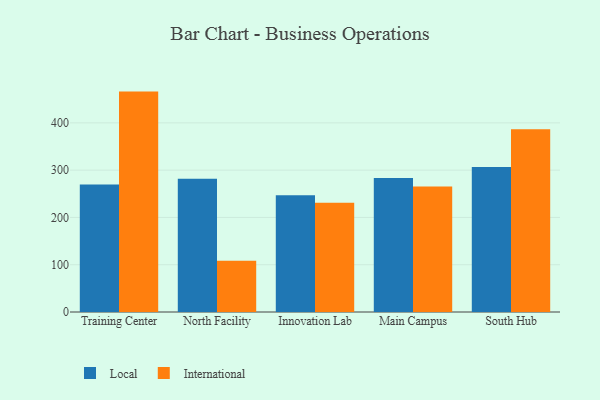
{"axis": {"x": "Campus", "y": "Conversion Rate (%)"}, "legend": ["International", "Local"], "data": [{"x": "Training Center", "y": 269.7, "type": "Local"}, {"x": "Training Center", "y": 466.1, "type": "International"}, {"x": "North Facility", "y": 281.9, "type": "Local"}, {"x": "North Facility", "y": 108.3, "type": "International"}, {"x": "Innovation Lab", "y": 246.7, "type": "Local"}, {"x": "Innovation Lab", "y": 231.1, "type": "International"}, {"x": "Main Campus", "y": 283.6, "type": "Local"}, {"x": "Main Campus", "y": 265.3, "type": "International"}, {"x": "South Hub", "y": 306.6, "type": "Local"}, {"x": "South Hub", "y": 386.4, "type": "International"}]}